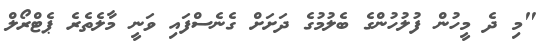
"މި ދެ މީހުން ފުލުުހުންގެ ބެލުމުގެ ދަށަށް ގެނެސްފައި ވަނީ މާލެތެރެ ޕެޓްރޯލް